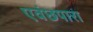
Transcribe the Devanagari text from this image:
एवंछपारा